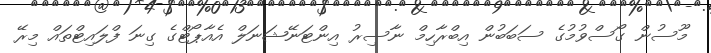
މޫސުން ގޯސްވުމުގެ ސަބަބުން އިބްރާހިމް ނާސިރު އިންޓަނޭޝަނަލް އެއާޕޯޓްގެ ގިނަ ފްލައިޓްތައް މިރޭ